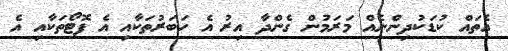
އެތައް ކުޑަކުދިންނެއް މަރަމުން ގެންދާ އިރު އެ ހަބަރުތަކާއި އެ ފޮޓޯތަކާއި އެ